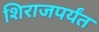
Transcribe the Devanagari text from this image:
शिराजपर्यंत